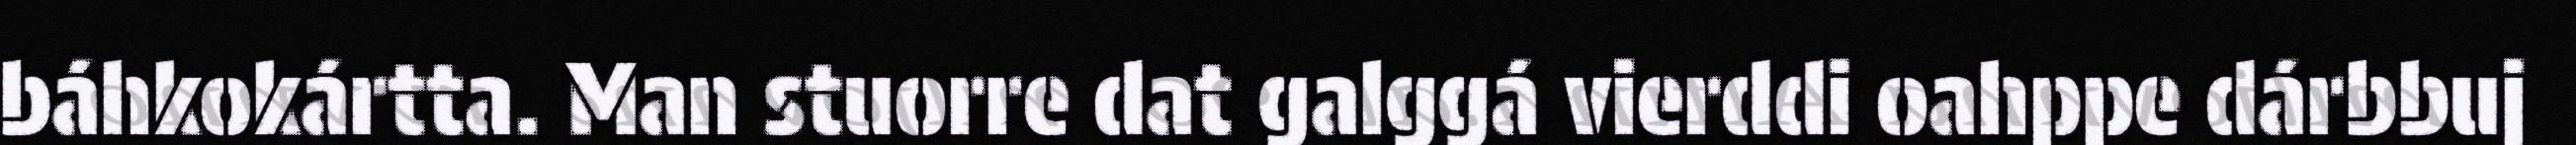
báhkokártta. Man stuorre dat galggá vierddi oahppe dárbbuj